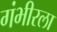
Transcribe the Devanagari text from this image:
गंभीरला